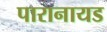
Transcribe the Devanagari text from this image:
पारानायड